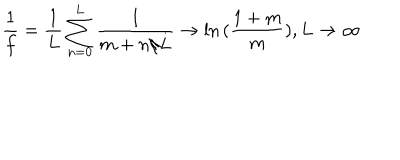
\frac { 1 } { f } = \frac { 1 } { L } \sum _ { n = 0 } ^ { L } \frac { 1 } { m + n / L } \rightarrow \ln { ( \frac { 1 + m } { m } ) } , L \rightarrow \infty